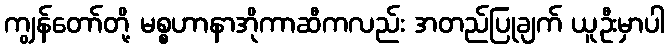
ကျွန်တော်တို့ မစ္စဟာနာအိုကာဆီကလည်း အတည်ပြုချက် ယူဦးမှာပါ